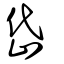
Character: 岱